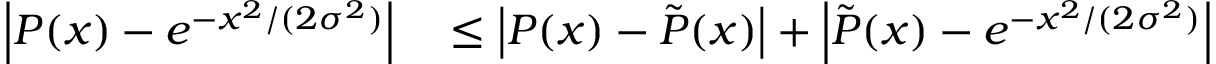
\begin{array} { r l } { \left| P ( x ) - e ^ { - x ^ { 2 } / ( 2 \sigma ^ { 2 } ) } \right| } & { { } \le \left| P ( x ) - \tilde { P } ( x ) \right| + \left| \tilde { P } ( x ) - e ^ { - x ^ { 2 } / ( 2 \sigma ^ { 2 } ) } \right| } \end{array}